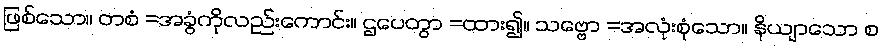
ဖြစ်သော။ တစံ =အခွံကိုလည်းကောင်း။ ဌပေတွာ =ထား၍။ သဗ္ဗော =အလုံးစုံသော။ နိယျာသော စ